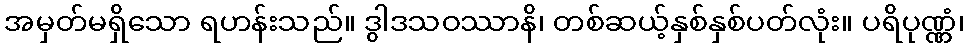
အမှတ်မရှိသော ရဟန်းသည်။ ဒွါဒသဝဿာနိ၊ တစ်ဆယ့်နှစ်နှစ်ပတ်လုံး။ ပရိပုဏ္ဏံ၊